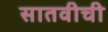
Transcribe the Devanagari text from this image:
सातवीची